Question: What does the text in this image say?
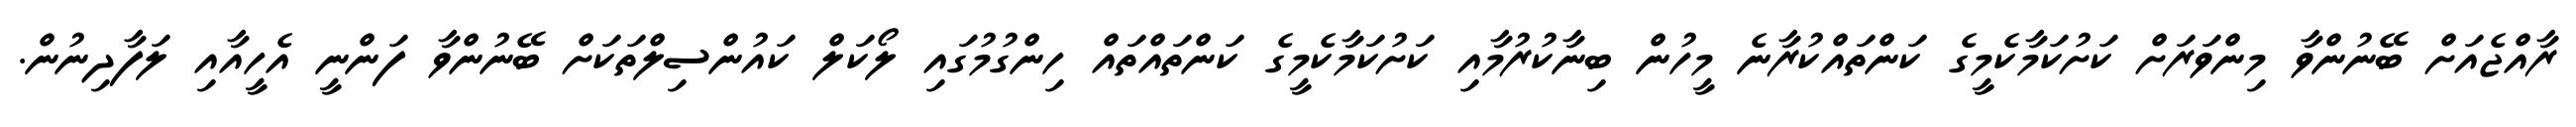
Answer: ރާއްޖެއަށް ބޭނުންވާ މިންވަރަށް ކަށުކަމާކެމީގެ ކަންތައްކުރާނެ މީހުން ބިނާކުރުމާއި ކަށުކަމާކެމީގެ ކަންތައްތައް ހިންގުމުގައި ލޯކަލް ކައުންސިލްތަކަށް ބޭނުންވާ ފަންނީ އެހީއާއި ލަފާދިނުން.